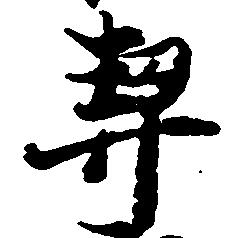
契